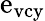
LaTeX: \mathrm{e}_{\mathrm{{vcy}}}